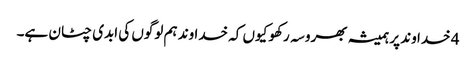
4 خدا وند پر ہمیشہ بھروسہ رکھو کیوں کہ خدا وند ہم لوگوں کی ابدی چٹان ہے۔